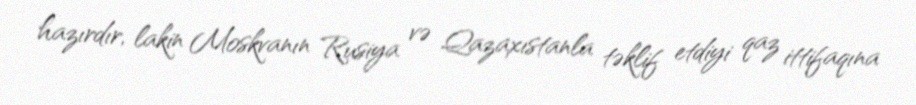
hazırdır, lakin Moskvanın Rusiya və Qazaxıstanla təklif etdiyi qaz ittifaqına